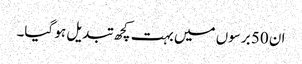
ان 50 برسوں میں بہت کچھ تبدیل ہو گیا۔